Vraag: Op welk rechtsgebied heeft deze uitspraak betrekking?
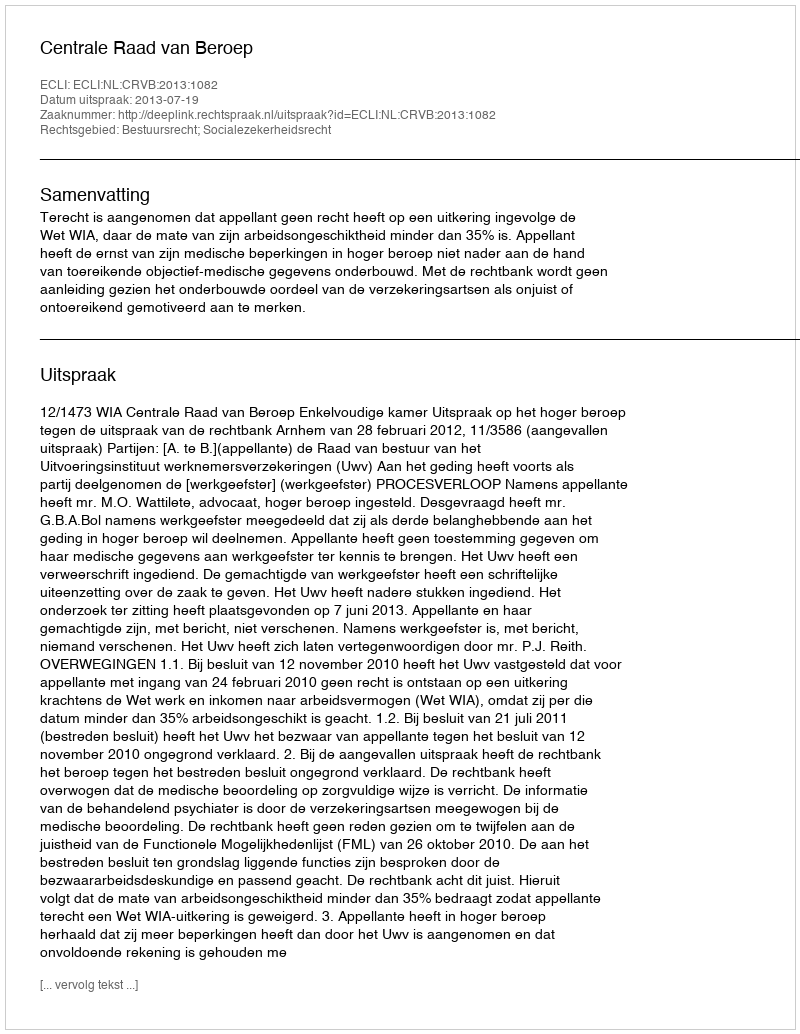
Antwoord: Bestuursrecht; Socialezekerheidsrecht